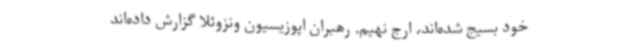
خود بسیج شده‌اند، ارج نهیم. رهبران اپوزیسیون ونزوئلا گزارش داده‌اند